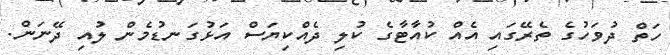
ހަތް ދުވަހުގެ ތެރޭގައި އެއް ކުއާޓާގެ ކުލި ދެއްކިޔަސް އަޅުގަނޑުމެން ލުއި ދޭނަން.